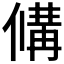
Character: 𬿗